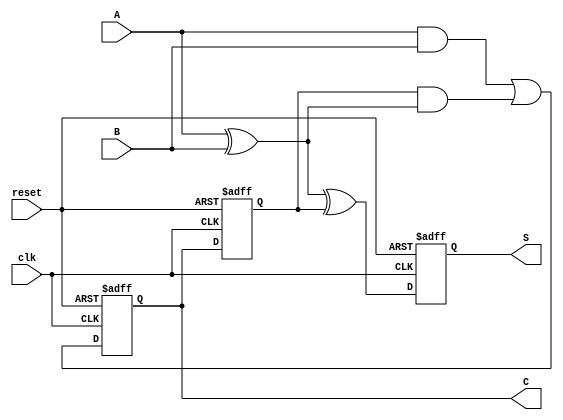
module Sequential_Half_Adder (
    input wire A,         // First input bit
    input wire B,         // Second input bit
    input wire clk,       // Clock signal
    input wire reset,     // Reset signal
    output reg S,         // Sum output
    output reg C          // Carry output
);

    reg prev_C;          // Previous carry storage

    // Logic to update sum and carry on clock edge
    always @(posedge clk or posedge reset) begin
        if (reset) begin
            S <= 1'b0;    // Initialize sum to 0
            C <= 1'b0;    // Initialize carry to 0
            prev_C <= 1'b0; // Initialize previous carry to 0
        end else begin
            // Compute current sum and carry
            S <= A ^ B ^ prev_C;  // Current sum = A XOR B XOR previous carry
            C <= (A & B) | (prev_C & (A ^ B)); // Current carry = (A AND B) OR (previous carry AND (A XOR B))
            prev_C <= C; // Store current carry for the next clock edge
        end
    end

endmodule